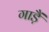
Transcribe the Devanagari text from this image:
गाड़ैं